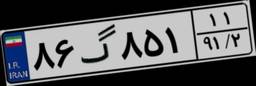
۸۶گ۸۵۱۱۱